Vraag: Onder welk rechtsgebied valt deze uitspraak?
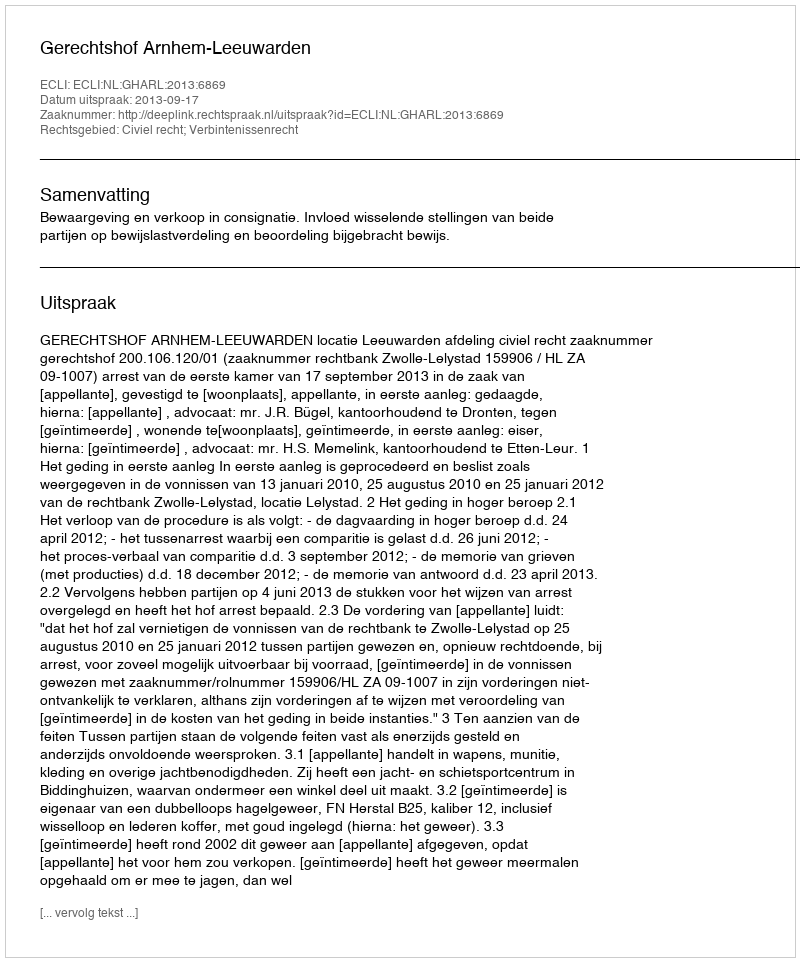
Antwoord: Civiel recht; Verbintenissenrecht